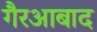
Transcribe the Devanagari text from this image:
गैरआबाद